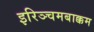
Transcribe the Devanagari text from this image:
इरिञ्चमबाक्कम